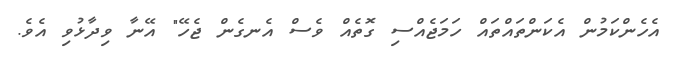
އެހެންކަމުން އެކަންތައްތައް ހަމަޖެއްސި ގޮތެއް ވެސް އެނގެން ޖެހޭ" އޭނާ ވިދާޅުވި އެވެ.